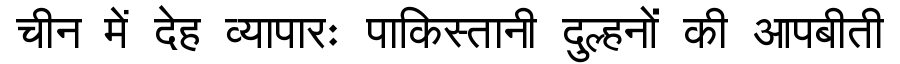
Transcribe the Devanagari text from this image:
चीन में देह व्यापारः पाकिस्तानी दुल्हनों की आपबीती